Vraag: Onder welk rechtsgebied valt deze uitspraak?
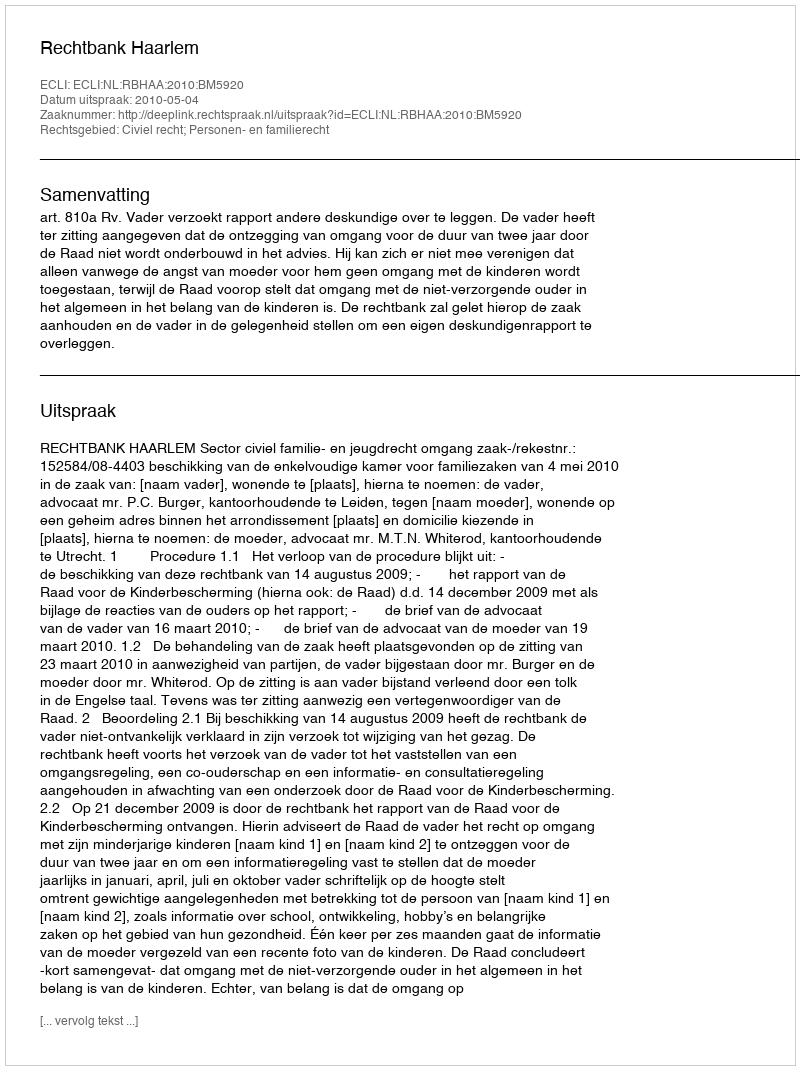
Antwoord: Civiel recht; Personen- en familierecht